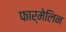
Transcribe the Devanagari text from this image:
फार्मेलिन